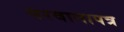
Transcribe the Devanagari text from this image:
परवानापत्र